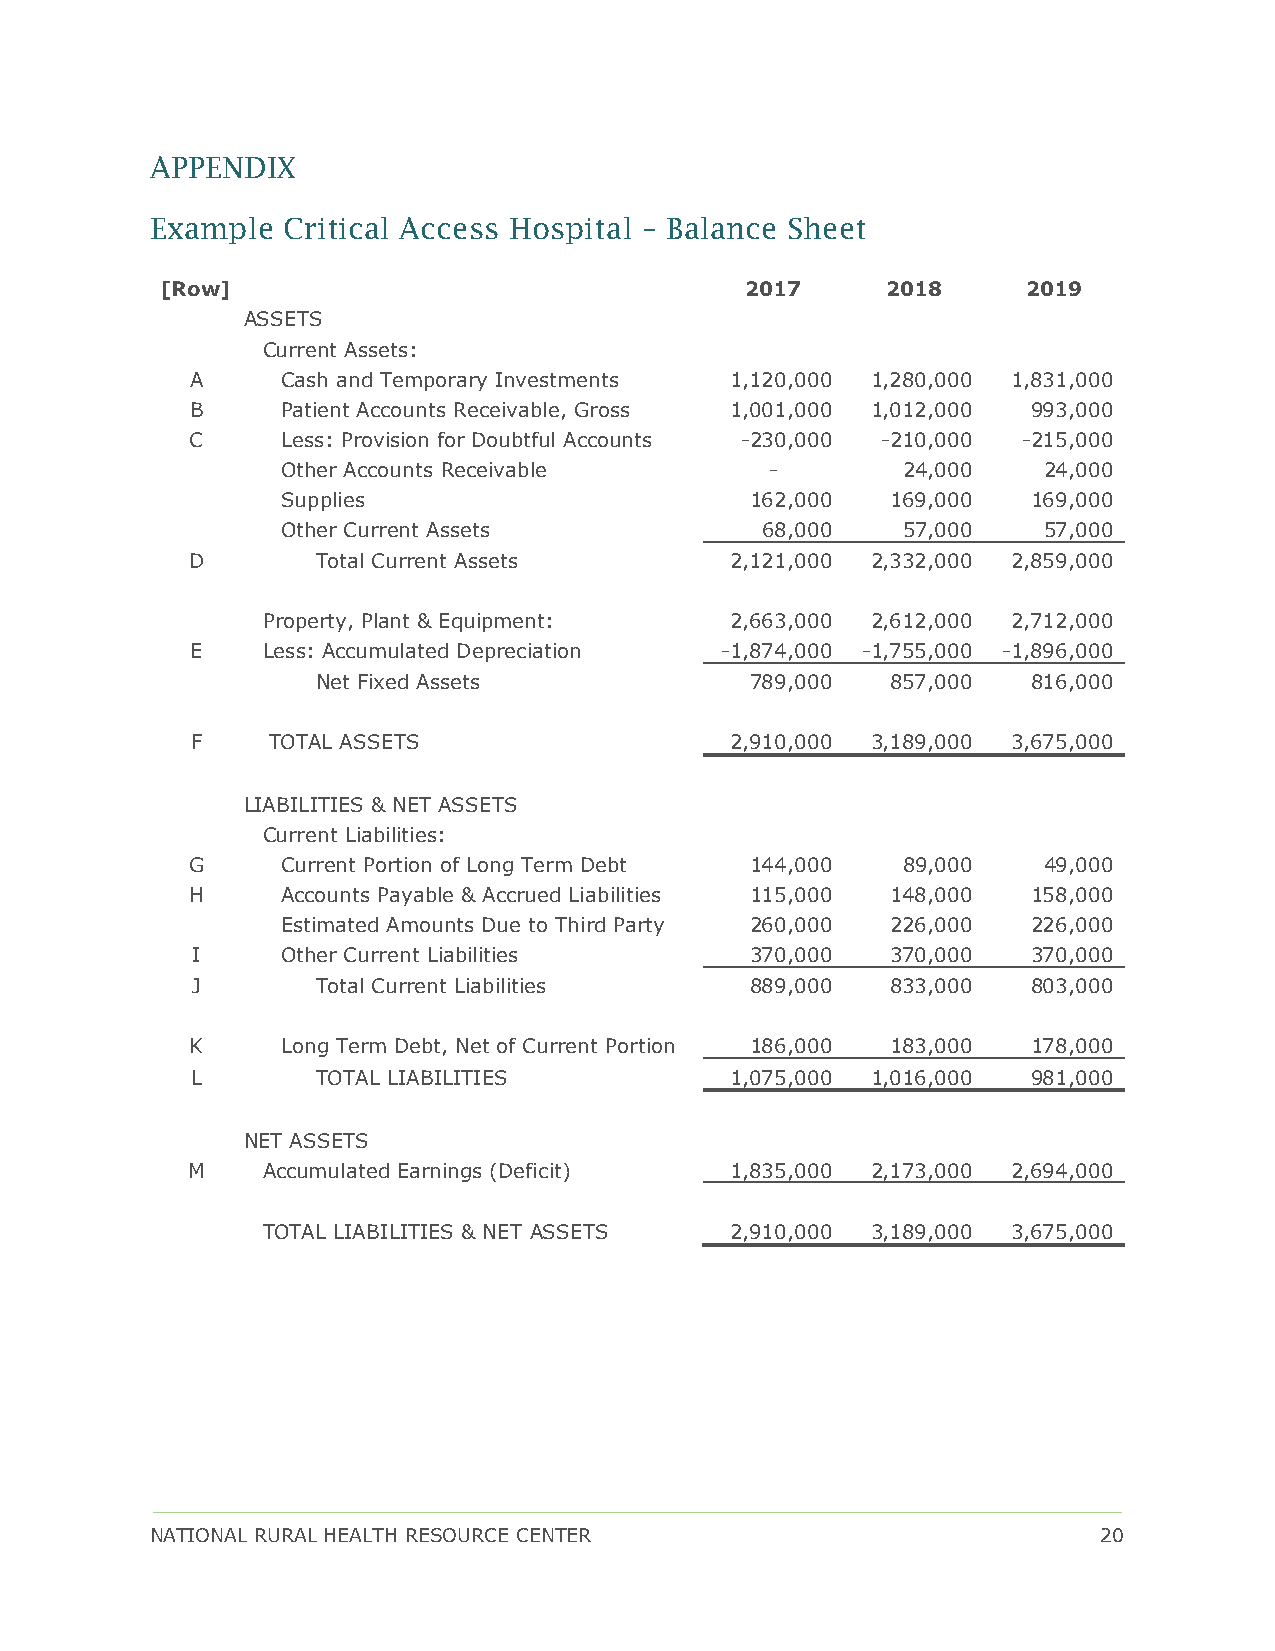
APPENDIX
 Example  Critical Access Hospital – Balance Sheet
 [Row]                                 2017      2018     2019
 ASSETS
 Current Assets:
 A     Cash and Temporary Investments 1,120,000 1,280,000 1,831,000
 B     Patient Accounts Receivable, Gross 1,001,000 1,012,000 993,000
 C     Less: Provision for Doubtful Accounts -230,000 -210,000 -215,000
 Other Accounts Receivable       -        24,000   24,000
 Supplies                       162,000  169,000  169,000
 Other Current Assets           68,000    57,000   57,000
 D        Total Current Assets       2,121,000 2,332,000 2,859,000
 Property, Plant & Equipment:   2,663,000 2,612,000 2,712,000
 E   Less: Accumulated Depreciation -1,874,000 -1,755,000 -1,896,000
 Net Fixed Assets             789,000  857,000  816,000
 F    TOTAL ASSETS                  2,910,000 3,189,000 3,675,000
 LIABILITIES & NET ASSETS
 Current Liabilities:
 G      Current Portion of Long Term Debt 144,000 89,000  49,000
 H      Accounts Payable & Accrued Liabilities 115,000 148,000 158,000
 Estimated Amounts Due to Third Party 260,000 226,000 226,000
 I     Other Current Liabilities      370,000  370,000  370,000
 J       Total Current Liabilities    889,000  833,000  803,000
 K     Long Term Debt, Net of Current Portion 186,000 183,000 178,000
 L       TOTAL LIABILITIES          1,075,000 1,016,000 981,000
 NET ASSETS
 M    Accumulated Earnings (Deficit) 1,835,000 2,173,000 2,694,000
 TOTAL LIABILITIES & NET ASSETS 2,910,000 3,189,000 3,675,000
 NATIONAL RURAL HEALTH RESOURCE CENTER                          20